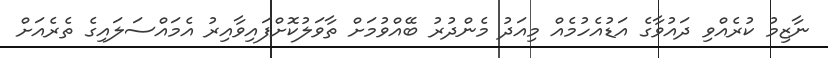
ނާޒިމު ކުރެއްވި ދައުވާގެ އަޑުއެހުމެއް މިއަދު މެންދުރު ބޭއްވުމަށް ތާވަލުކޮށްފައިވާއިރު އެމައްސަލައިގެ ތެރެއަށް